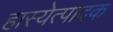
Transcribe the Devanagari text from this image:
हास्येत्पादक